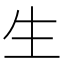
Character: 生